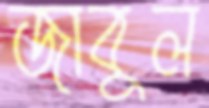
জাবুল